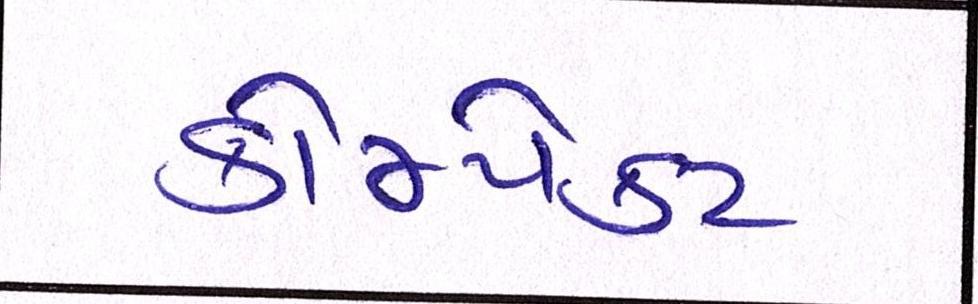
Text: કોમ્પેક્ટ